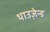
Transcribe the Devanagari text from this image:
थाउज़ेन्ड